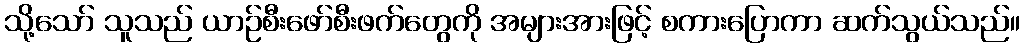
သို့သော် သူသည် ယာဉ်စီးဖော်စီးဖက်တွေကို အများအားဖြင့် စကားပြောကာ ဆက်သွယ်သည်။